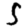
Digit: 5